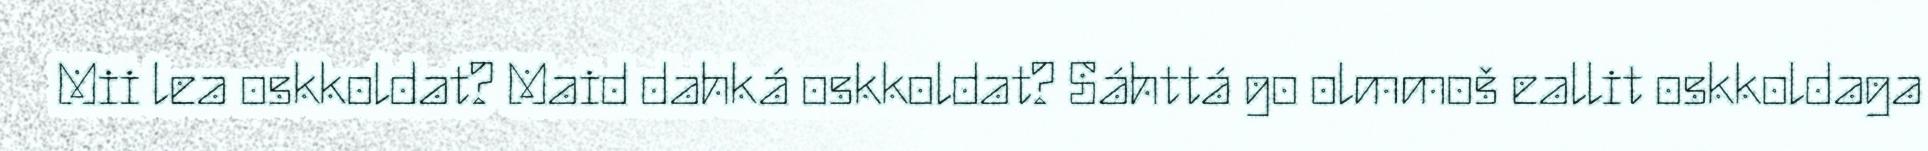
Mii lea oskkoldat? Maid dahká oskkoldat? Sáhttá go olmmoš eallit oskkoldaga